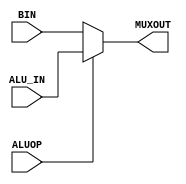
/*
    Control signals:
            ALUOP

    Data paths:
            MUXOUT - Output of the MUX

            ALU_IN - Input from IR
            BIN - Input from R5

*/

module ALU_OP(ALUOP, ALU_IN, BIN, MUXOUT);

    input ALUOP;

	input [15:0] ALU_IN;
	input [15:0] BIN;

	output [15:0] MUXOUT;

    assign MUXOUT = (ALUOP == 0) ?   BIN : ALU_IN;

endmodule